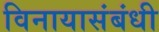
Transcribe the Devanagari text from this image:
विनायासंबंधी